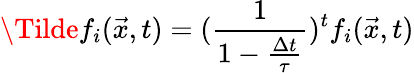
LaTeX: \Tilde{f}_{i}(\vec{x},t)=(\frac{1}{1-\frac{\Delta t}{\tau}})^{t}f_{i}(\vec{x},t)